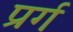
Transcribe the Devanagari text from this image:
प्रर्ग